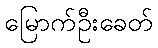
မြောက်ဦးခေတ်